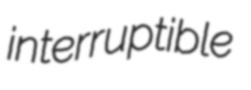
interruptible